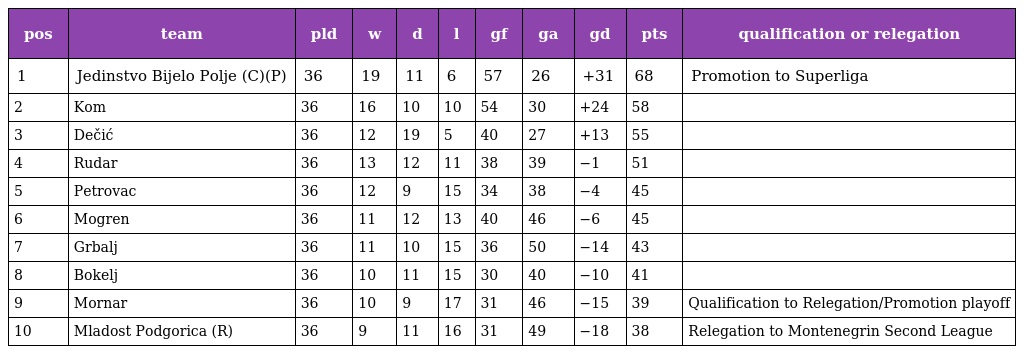
| pos | team | pld | w | d | l | gf | ga | gd | pts | qualification or relegation |
 | --- | --- | --- | --- | --- | --- | --- | --- | --- | --- | --- |
 | 1 | Jedinstvo Bijelo Polje (C)(P) | 36 | 19 | 11 | 6 | 57 | 26 | +31 | 68 | Promotion to Superliga |
 | 2 | Kom | 36 | 16 | 10 | 10 | 54 | 30 | +24 | 58 |  |
 | 3 | Dečić | 36 | 12 | 19 | 5 | 40 | 27 | +13 | 55 |  |
 | 4 | Rudar | 36 | 13 | 12 | 11 | 38 | 39 | −1 | 51 |  |
 | 5 | Petrovac | 36 | 12 | 9 | 15 | 34 | 38 | −4 | 45 |  |
 | 6 | Mogren | 36 | 11 | 12 | 13 | 40 | 46 | −6 | 45 |  |
 | 7 | Grbalj | 36 | 11 | 10 | 15 | 36 | 50 | −14 | 43 |  |
 | 8 | Bokelj | 36 | 10 | 11 | 15 | 30 | 40 | −10 | 41 |  |
 | 9 | Mornar | 36 | 10 | 9 | 17 | 31 | 46 | −15 | 39 | Qualification to Relegation/Promotion playoff |
 | 10 | Mladost Podgorica (R) | 36 | 9 | 11 | 16 | 31 | 49 | −18 | 38 | Relegation to Montenegrin Second League |